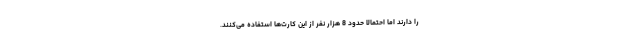
را دارند اما احتمالا حدود 8 هزار نفر از این کارت‌ها استفاده می‌کنند.